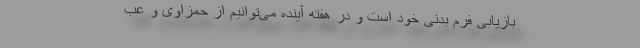
بازیابی فرم بدنی خود است و در هفته آینده می‌توانیم از حمزاوی و عب